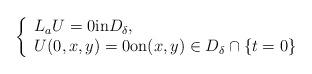
LaTeX: \begin{align*}\left\{\begin{array}{ll}L_aU=0\mbox{in} D_{\delta},\\U(0,x,y)=0\mbox{on} (x,y)\in D_{\delta}\cap\{t=0\}\end{array}\right.\end{align*}